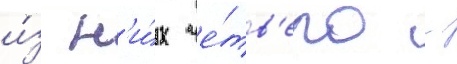
и́з н'и́х че́тв'еро -